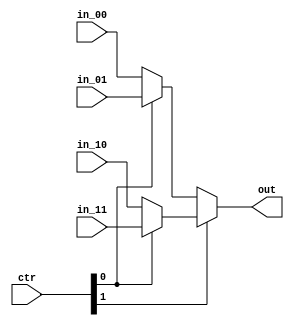
`timescale 1ns / 1ps
//////////////////////////////////////////////////////////////////////////////////
// Company: 
// Engineer: 
// 
// Design Name: 
// Module Name:    mux4to1_5bit 
// Project Name: 
// Target Devices: 
// Tool versions: 
// Description: 
//
// Dependencies: 
//
// Revision: 
// Revision 0.01 - File Created
// Additional Comments: 
//
//////////////////////////////////////////////////////////////////////////////////
module mux4to1_5bit(
	input wire [4:0] in_00,
	input wire [4:0] in_01,
	input wire [4:0] in_10,
	input wire [4:0] in_11,
	input wire [1:0] ctr,
	output wire [4:0] out
   );

	assign out=(ctr[1])? ((ctr[0])? in_11:in_10):((ctr[0])? in_01:in_00);
endmodule